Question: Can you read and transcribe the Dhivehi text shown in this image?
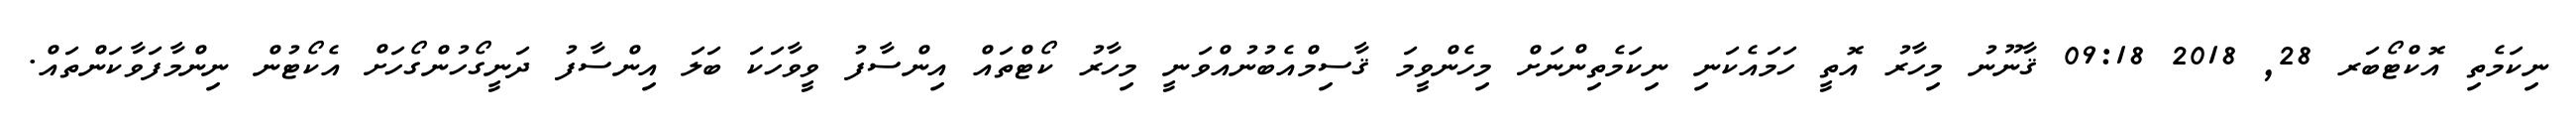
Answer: ނިކަމެތި އޮކްޓޯބަރ 28, 2018 09:18 ޤާނޫނު މިހާރު އޮތީ ހަމައެކަނި ނިކަމެތިންނަށް މިހެންވީމަ ޤާސިމްއެބުނުއްވަނީ މިހާރު ކޯޓްތައް އިންސާފު ވީވާހަކަ ބަލަ އިންސާފު ދަނީގޯހުންގޯހަށް އެކޯޓުން ނިންމާފަވާކަންތައް.